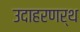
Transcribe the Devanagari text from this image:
उदाहरणर्थ